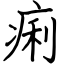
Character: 痢